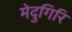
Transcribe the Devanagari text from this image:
मेदुगिरि